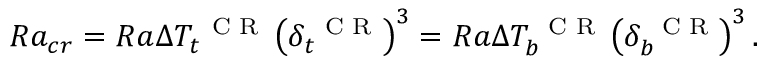
R a _ { c r } = R a \Delta T _ { t } ^ { \mathrm { ~ \scriptsize ~ C ~ R ~ } } \left( \delta _ { t } ^ { \mathrm { ~ \scriptsize ~ C ~ R ~ } } \right) ^ { 3 } = R a \Delta T _ { b } ^ { \mathrm { ~ \scriptsize ~ C ~ R ~ } } \left( \delta _ { b } ^ { \mathrm { ~ \scriptsize ~ C ~ R ~ } } \right) ^ { 3 } .